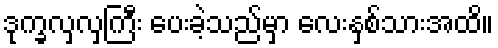
ဒုက္ခလှလှကြီး ပေးခဲ့သည်မှာ လေးနှစ်သားအထိ။